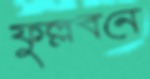
ফুল্লবনে